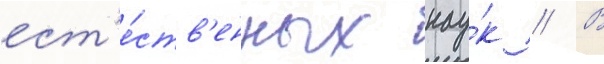
ест'е́ств'енных нау́к // В